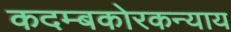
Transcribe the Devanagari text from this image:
कदम्बकोरकन्याय